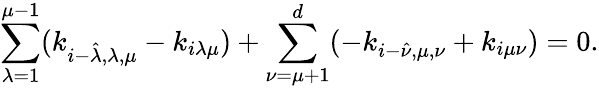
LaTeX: \sum_{\lambda=1}^{\mu-1}(k_{i-\hat{\lambda},\lambda,\mu}-k_{i\lambda\mu})+\sum_{\nu=\mu+1}^{d}(-k_{i-\hat{\nu},\mu,\nu}+k_{i\mu\nu})=0.